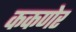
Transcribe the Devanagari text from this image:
ककणेर